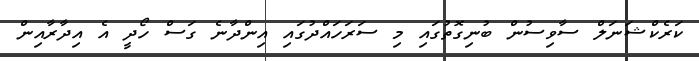
ކަރެކްޝަނަލް ސާވިސުން ބުނިގޮތުގައި މި ސަރަހައްދުގައި އިންދާނެ ގަސް ހޯދީ އެ އިދާރާއިން